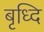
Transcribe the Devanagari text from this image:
बृध्दि